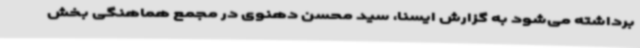
برداشته می‌شود به گزارش ایسنا، سید محسن دهنوی در مجمع هماهنگی بخش